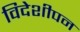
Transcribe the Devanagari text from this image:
विदेशीपन